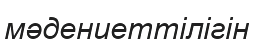
мәдениеттілігін